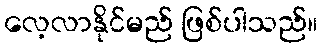
လေ့လာနိုင်မည် ဖြစ်ပါသည်။